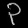
Digit: ၃